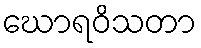
ဃောရဝိသတာ